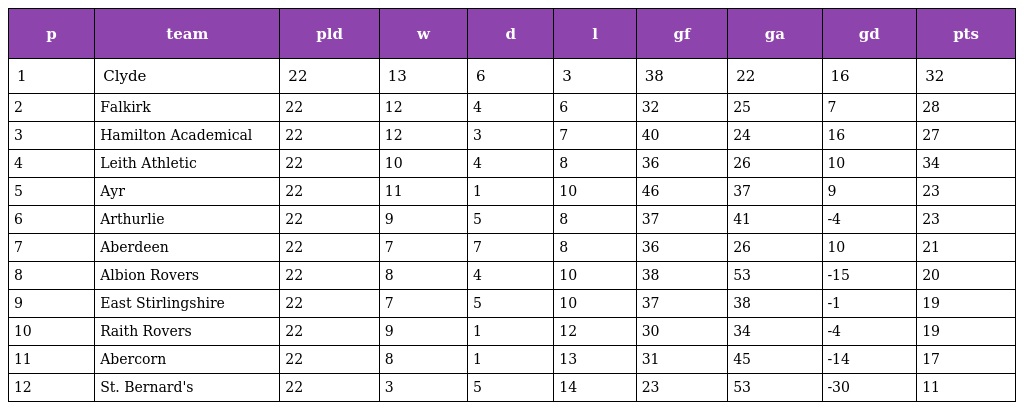
| p | team | pld | w | d | l | gf | ga | gd | pts |
 | --- | --- | --- | --- | --- | --- | --- | --- | --- | --- |
 | 1 | Clyde | 22 | 13 | 6 | 3 | 38 | 22 | 16 | 32 |
 | 2 | Falkirk | 22 | 12 | 4 | 6 | 32 | 25 | 7 | 28 |
 | 3 | Hamilton Academical | 22 | 12 | 3 | 7 | 40 | 24 | 16 | 27 |
 | 4 | Leith Athletic | 22 | 10 | 4 | 8 | 36 | 26 | 10 | 34 |
 | 5 | Ayr | 22 | 11 | 1 | 10 | 46 | 37 | 9 | 23 |
 | 6 | Arthurlie | 22 | 9 | 5 | 8 | 37 | 41 | -4 | 23 |
 | 7 | Aberdeen | 22 | 7 | 7 | 8 | 36 | 26 | 10 | 21 |
 | 8 | Albion Rovers | 22 | 8 | 4 | 10 | 38 | 53 | -15 | 20 |
 | 9 | East Stirlingshire | 22 | 7 | 5 | 10 | 37 | 38 | -1 | 19 |
 | 10 | Raith Rovers | 22 | 9 | 1 | 12 | 30 | 34 | -4 | 19 |
 | 11 | Abercorn | 22 | 8 | 1 | 13 | 31 | 45 | -14 | 17 |
 | 12 | St. Bernard's | 22 | 3 | 5 | 14 | 23 | 53 | -30 | 11 |